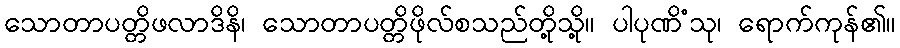
သောတာပတ္တိဖလာဒိနိ၊ သောတာပတ္တိဖိုလ်စသည်တို့သို့။ ပါပုဏိံသု၊ ရောက်ကုန်၏။